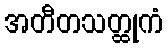
အတီတသတ္ထုကံ